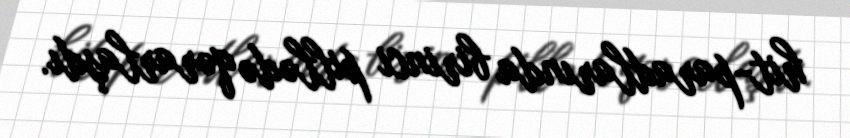
hit-paradlarında birinci pillədə qərarlaşdı.